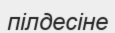
пілдесіне